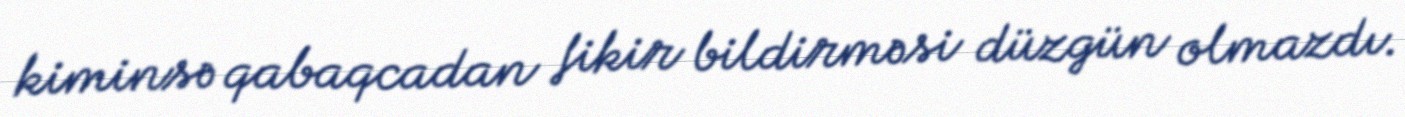
kiminsə qabaqcadan fikir bildirməsi düzgün olmazdı.